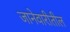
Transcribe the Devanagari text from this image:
जानेवारीतील